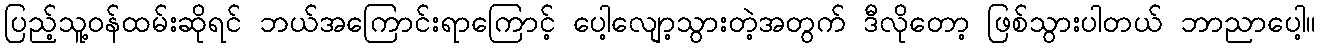
ပြည့်သူ့ဝန်ထမ်းဆိုရင် ဘယ်အကြောင်းရာကြောင့် ပေါ့လျော့သွားတဲ့အတွက် ဒီလိုတော့ ဖြစ်သွားပါတယ် ဘာညာပေါ့။